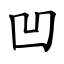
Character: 凹